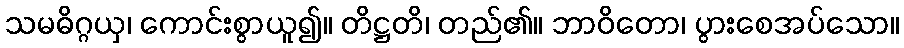
သမဓိဂ္ဂယှ၊ ကောင်းစွာယူ၍။ တိဋ္ဌတိ၊ တည်၏။ ဘာဝိတော၊ ပွားစေအပ်သော။